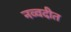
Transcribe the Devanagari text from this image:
नव्वदीत